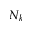
N _ { k }